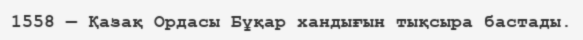
1558 — Қазақ Ордасы Бұқар хандығын тықсыра бастады.